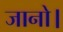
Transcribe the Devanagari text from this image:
जानो।